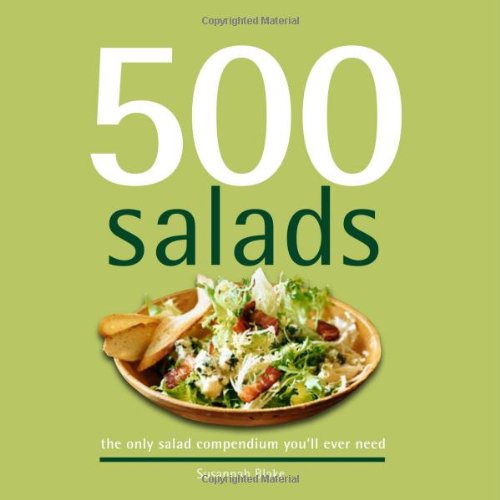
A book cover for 500 Salads: The Only Salad Compendium You'll Ever Need (500 Cooking (Sellers)); Susannah Blake; Cookbooks, Food & Wine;